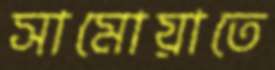
সামোয়াতে